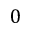
0